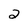
Character: 2